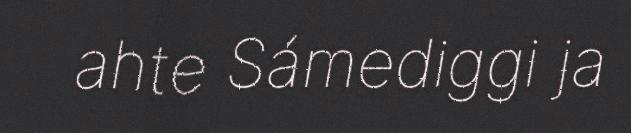
ahte Sámediggi ja